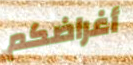
أغراضكم